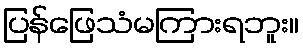
ပြန်ဖြေသံမကြားရဘူး။